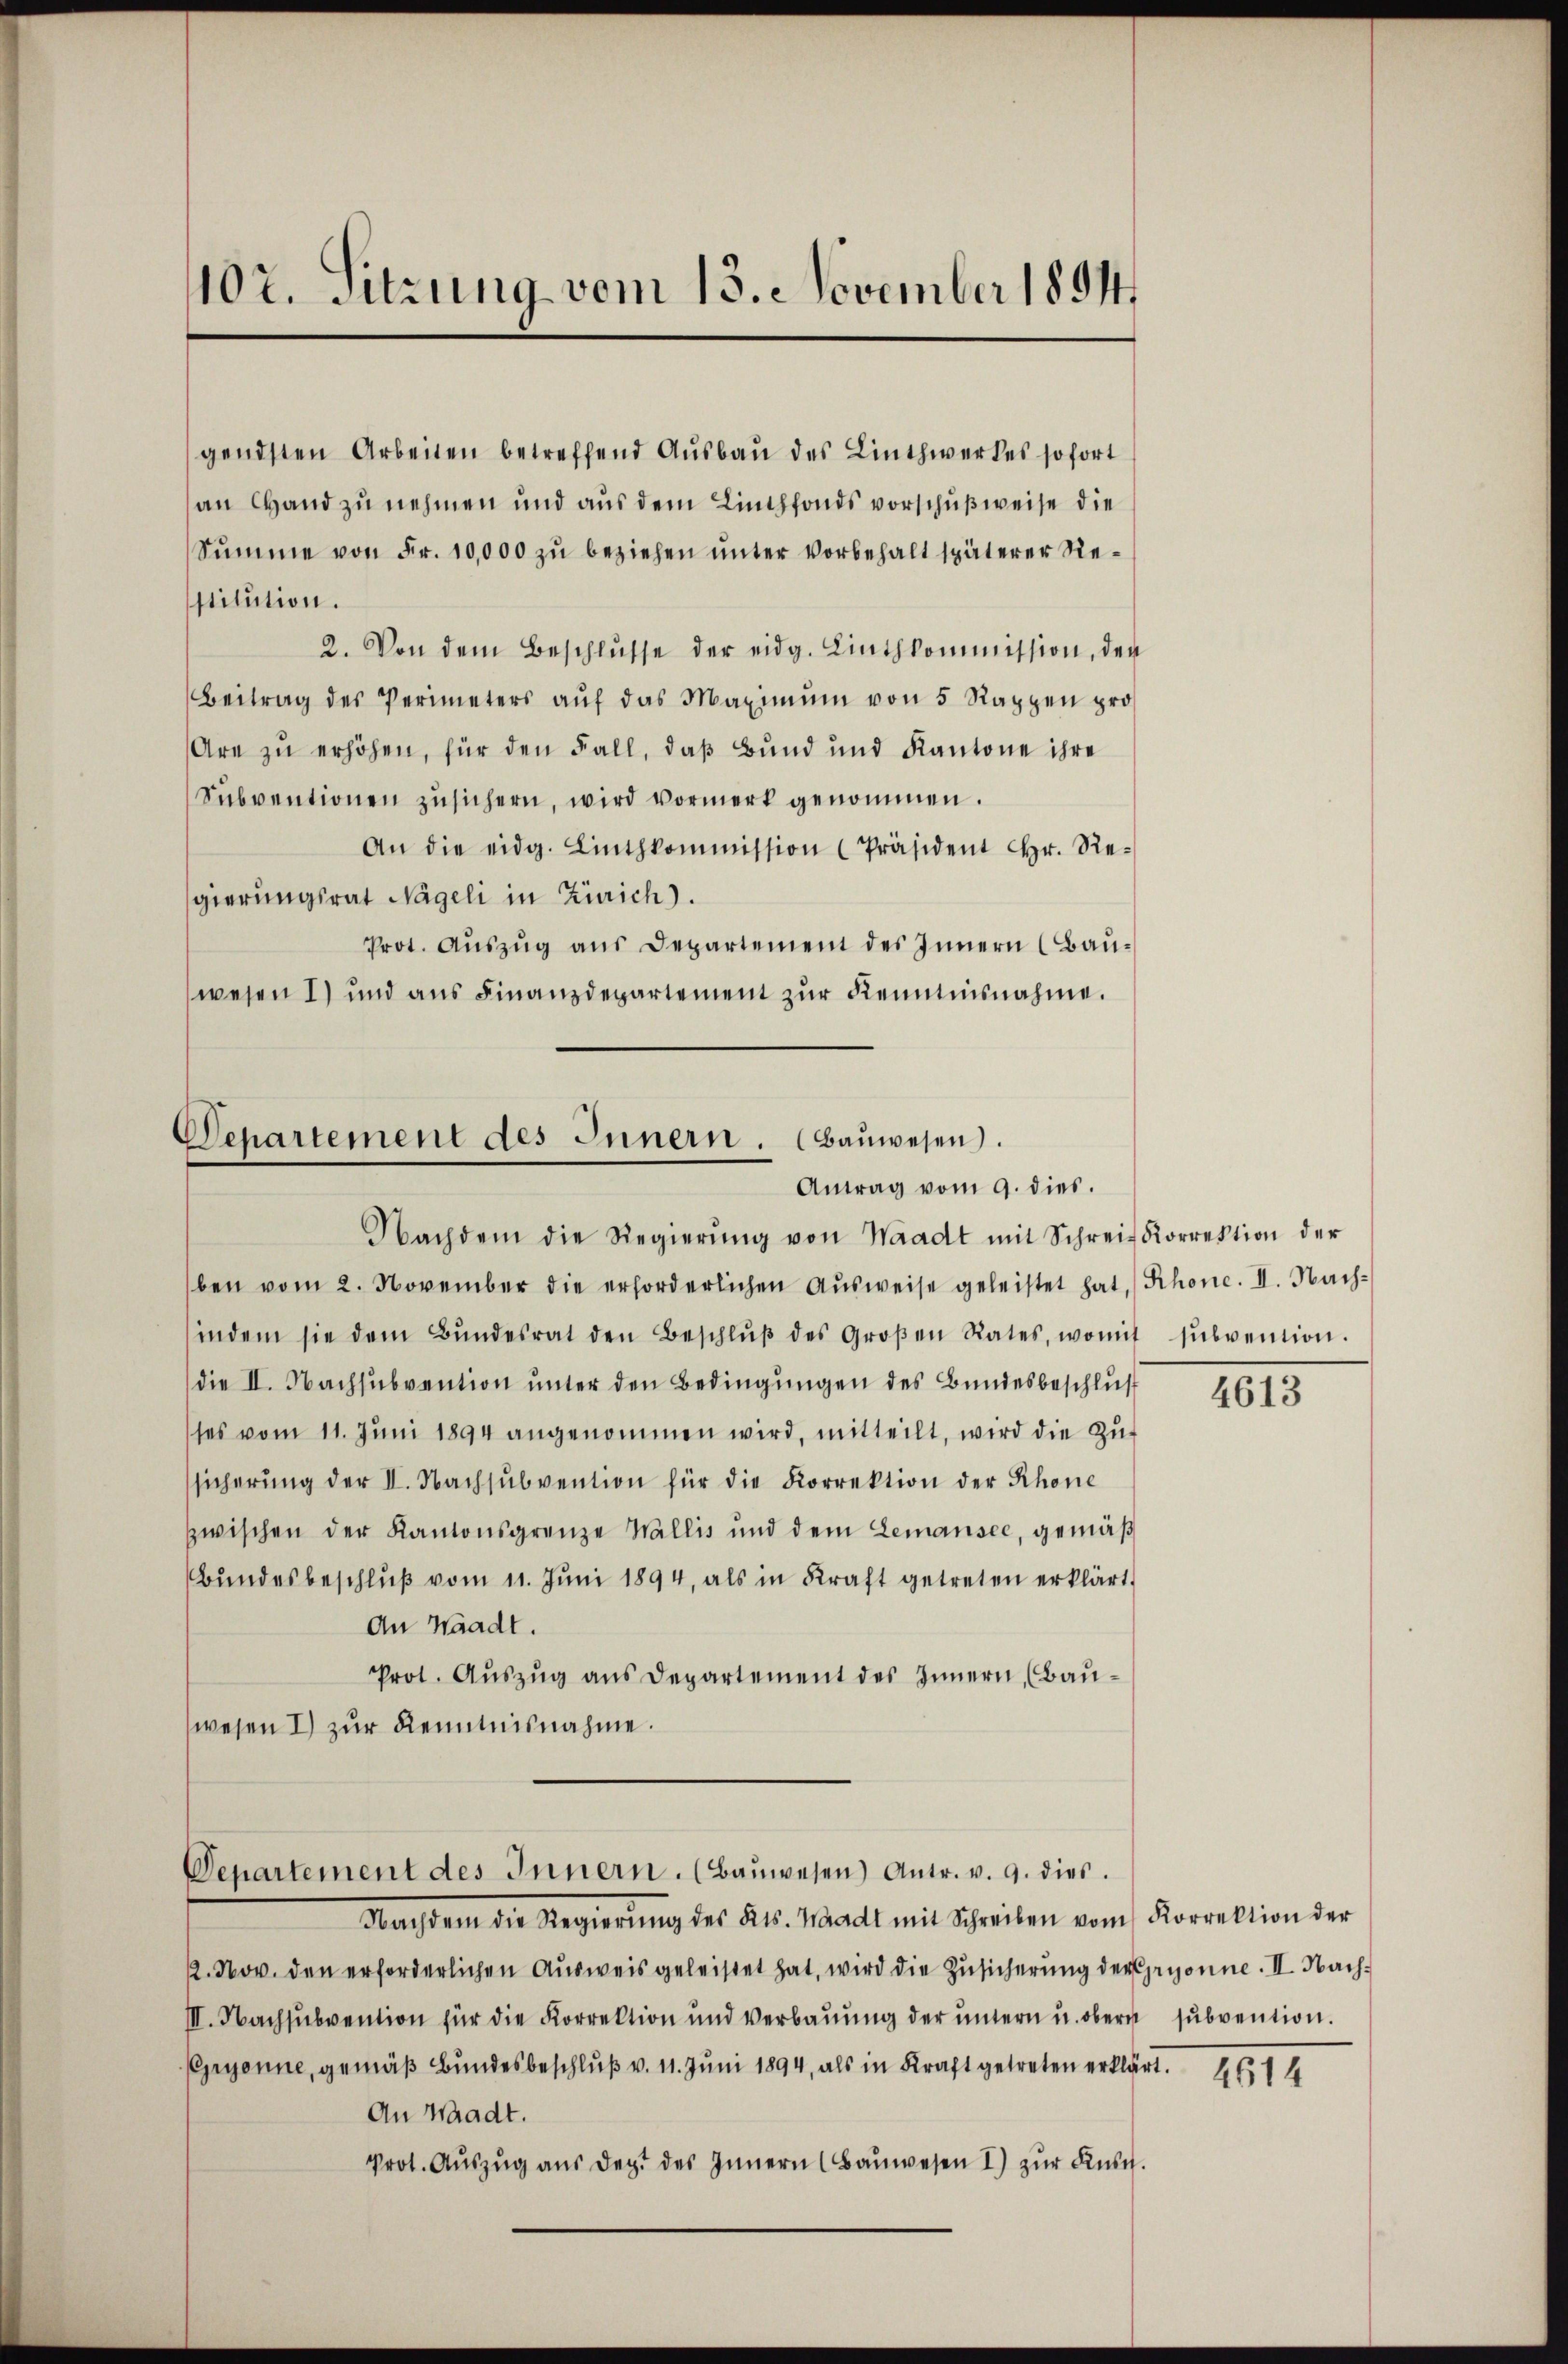
107. Sitzung vom 18. November 1894

gendsten Arbeiten betreffend Aŭsbaŭ des Linthwerkes sofort
an Hand zu nehmen und aus dem Linthfonds vorschußweise die
Summe von Fr. 10,000 zu beziehen unter Vorbehalt späterer Restitution.
2. Von dem Beschlŭsse der eidg. Linthkommission, den
Beitrag des Perimeters aŭf das Maximŭm von 5 Rappen pro¬
Are zu erhöhen, für den Fall, daß Bund und Kantone ihre
Subventionen zusichern, wird vormerk genommen.
An die eidg. Linthkommission (Präsident Hr. Regierungsrat Nageli in Zürich).
Prot. Aŭszŭg ans Departement des Innern (Bauwesen 1) und aus Finanzdepartement zur Kenntnisnahme.

Departement des Innern. (Bauwesen.
Antrag vom 9. dies.
Nachdem die Regierŭng von Waadt mit Schrei Korrektion der

ben vom 2. November die erforderlichen Aŭsweise geleistet hat, Schonc. II. Nach-
indem sie dem Bŭndesrat den Beschlŭβ des Großen Rates, womit sŭbvention.
die II. Nachsubvention unter den Bedingungen des Bundesbeschluß
ses vom 11. Jŭni 1894 angenommen wird, mitteilt, wird die Zŭ-
sicherŭng der II. Nachsŭbvention für die Korrektion der Rhone
zwischen der Kantonsgrenze Wallis und dem Lemansee, gemäβ
Bŭndesbeschlŭβ vom 11. Jŭni 1894, als in Kraft getreten erklärt.
An Waadt.
Prot. Auszug aus Departement des Innern, (Bauwesen I zur Kenntnisnahme.

Departement des Innern. (Baŭwesen) Antr. v. 9. dies.

Nachdem die Regierŭng des Kts. Waadt mit Schreiben vom Korrektion der
1. Nov. den erforderlichen Ausweis geleistet hat, wird die Zusicherung der Gryonne. II. Nach¬
III. Nachsubvention für die Korrektion und Verbauung der untern u. obern subvention.
Gyonne, gemäß Bundesbeschluß v. 11. Juni 1894, als in Kraft getreten erklärt.
An Waadt.
Prot. Aŭszŭg aŭs der des Innern (Baŭwesen I) zŭr Aŭst.

4613

4614